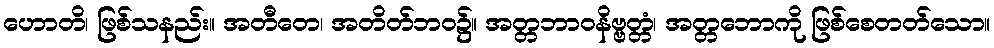
ဟောတိ၊ ဖြစ်သနည်း။ အတီတေ၊ အတိတ်ဘဝ၌။ အတ္တဘာဝနိဗ္ဗတ္တံ၊ အတ္တဘောကို ဖြစ်စေတတ်သော။